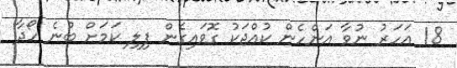
18 އަހަރު ނުވާ އަންހެން ކުއްޖަކު ގޮވައިގެން ފިލި ކަމަށް ބުނެ ހޯދާ